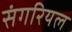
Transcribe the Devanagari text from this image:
संगरियल